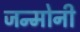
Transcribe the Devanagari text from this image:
जन्मोनी